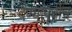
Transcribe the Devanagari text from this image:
देण्यापूर्वीच